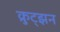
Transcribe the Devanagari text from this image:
क्रुट्झन